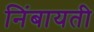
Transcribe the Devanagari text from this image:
निंबायती